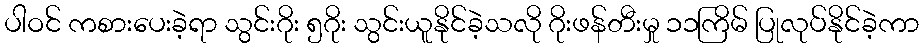
ပါဝင် ကစားပေးခဲ့ရာ သွင်းဂိုး ၅ဂိုး သွင်းယူနိုင်ခဲ့သလို ဂိုးဖန်တီးမှု ၁၁ကြိမ် ပြုလုပ်နိုင်ခဲ့ကာ